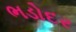
ભડોદર